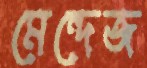
মেন্দেজ